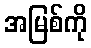
အမြစ်ကို